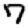
Digit: 7